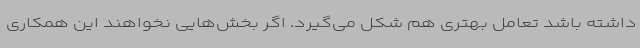
داشته باشد تعامل بهتری هم شکل می‌گیرد. اگر بخش‌هایی نخواهند این همکاری